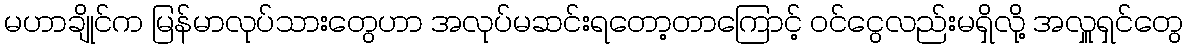
မဟာချိုင်က မြန်မာလုပ်သားတွေဟာ အလုပ်မဆင်းရတော့တာကြောင့် ဝင်ငွေလည်းမရှိလို့ အလှူရှင်တွေ